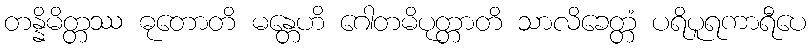
တန္နိမိတ္တဿ ဓုတောတိ မန္တေဟိ ဂေါတမိပုတ္တာတိ သာလိခေတ္တံ ပရိပူရကာရီပေ